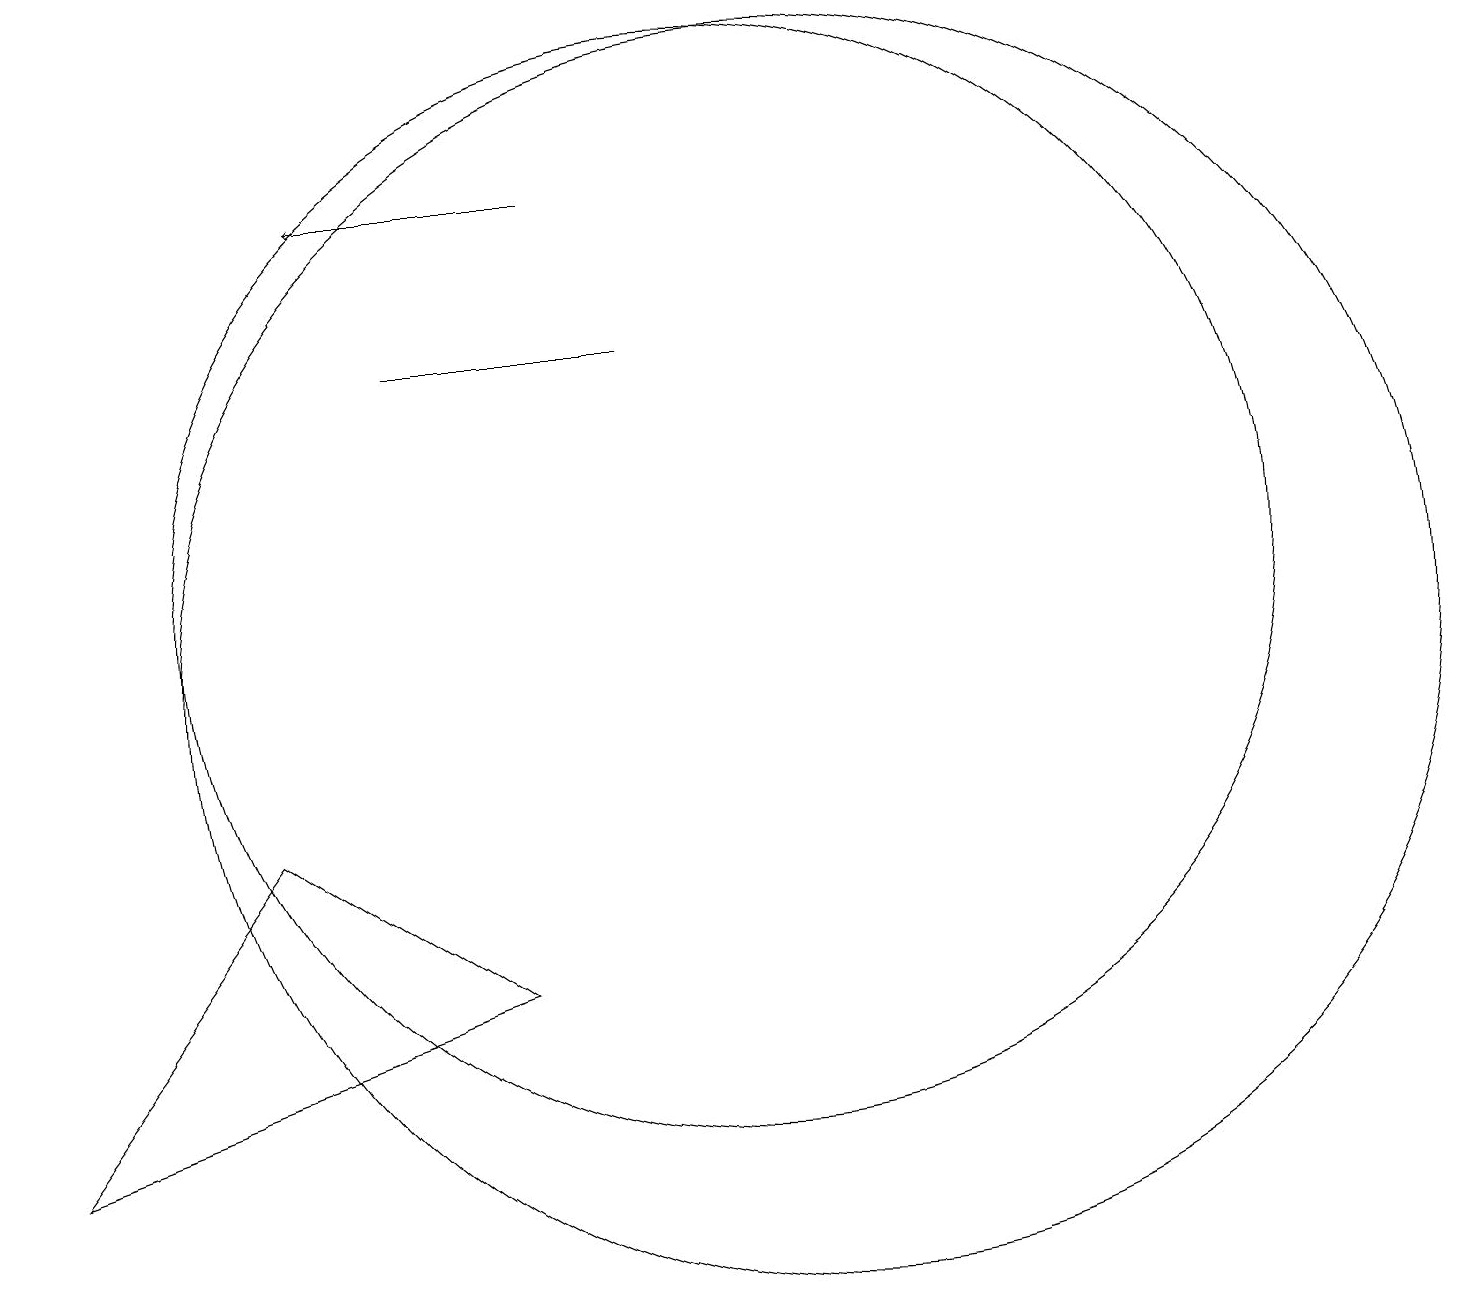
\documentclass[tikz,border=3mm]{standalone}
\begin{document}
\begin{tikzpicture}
\draw (11,10) circle (8);
\draw (9,14) rectangle (6,14);
\draw (10,11) circle (7);
\draw (7,6) -- (4,8) -- (1,4) -- cycle;
\draw[->] (8,16) -- (5,16);
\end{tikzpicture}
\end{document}